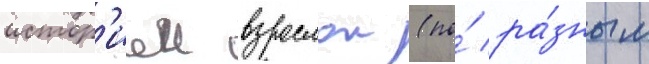
истор'иеи взрослои (по́ ра́зным